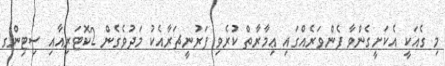
މި ގެއަކީ އެކަށީގެންވާ ފެންވަރެއްގައި ޢިމާރާތް ކުރެވި ފަރުނީޗަރާއެކު މަދުވެގެން 2ކޮޓަރިއާއި ސިޓިންގ